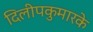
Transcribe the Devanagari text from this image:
दिलीपकुमारके